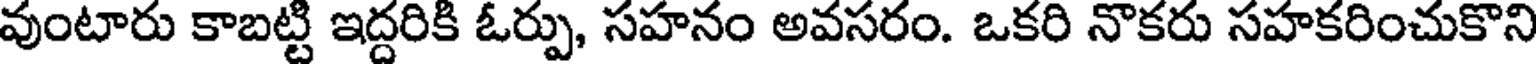
వుంటారు కాబట్టి ఇద్దరికి ఓర్పు, సహనం అవసరం. ఒకరి నొకరు సహకరించుకొని